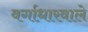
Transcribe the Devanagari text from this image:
वर्गाधारवाले